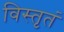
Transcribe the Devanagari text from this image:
विस्तृतं